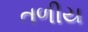
તળીય